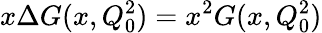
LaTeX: x\Delta G(x,Q_{0}^{2})=x^{2}G(x,Q_{0}^{2})